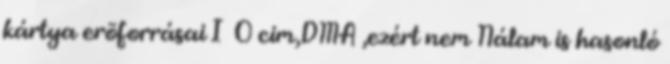
kártya erõforrásai I O cim,DMA ,ezért nem Nálam is hasonló